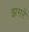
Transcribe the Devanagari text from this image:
झगरे